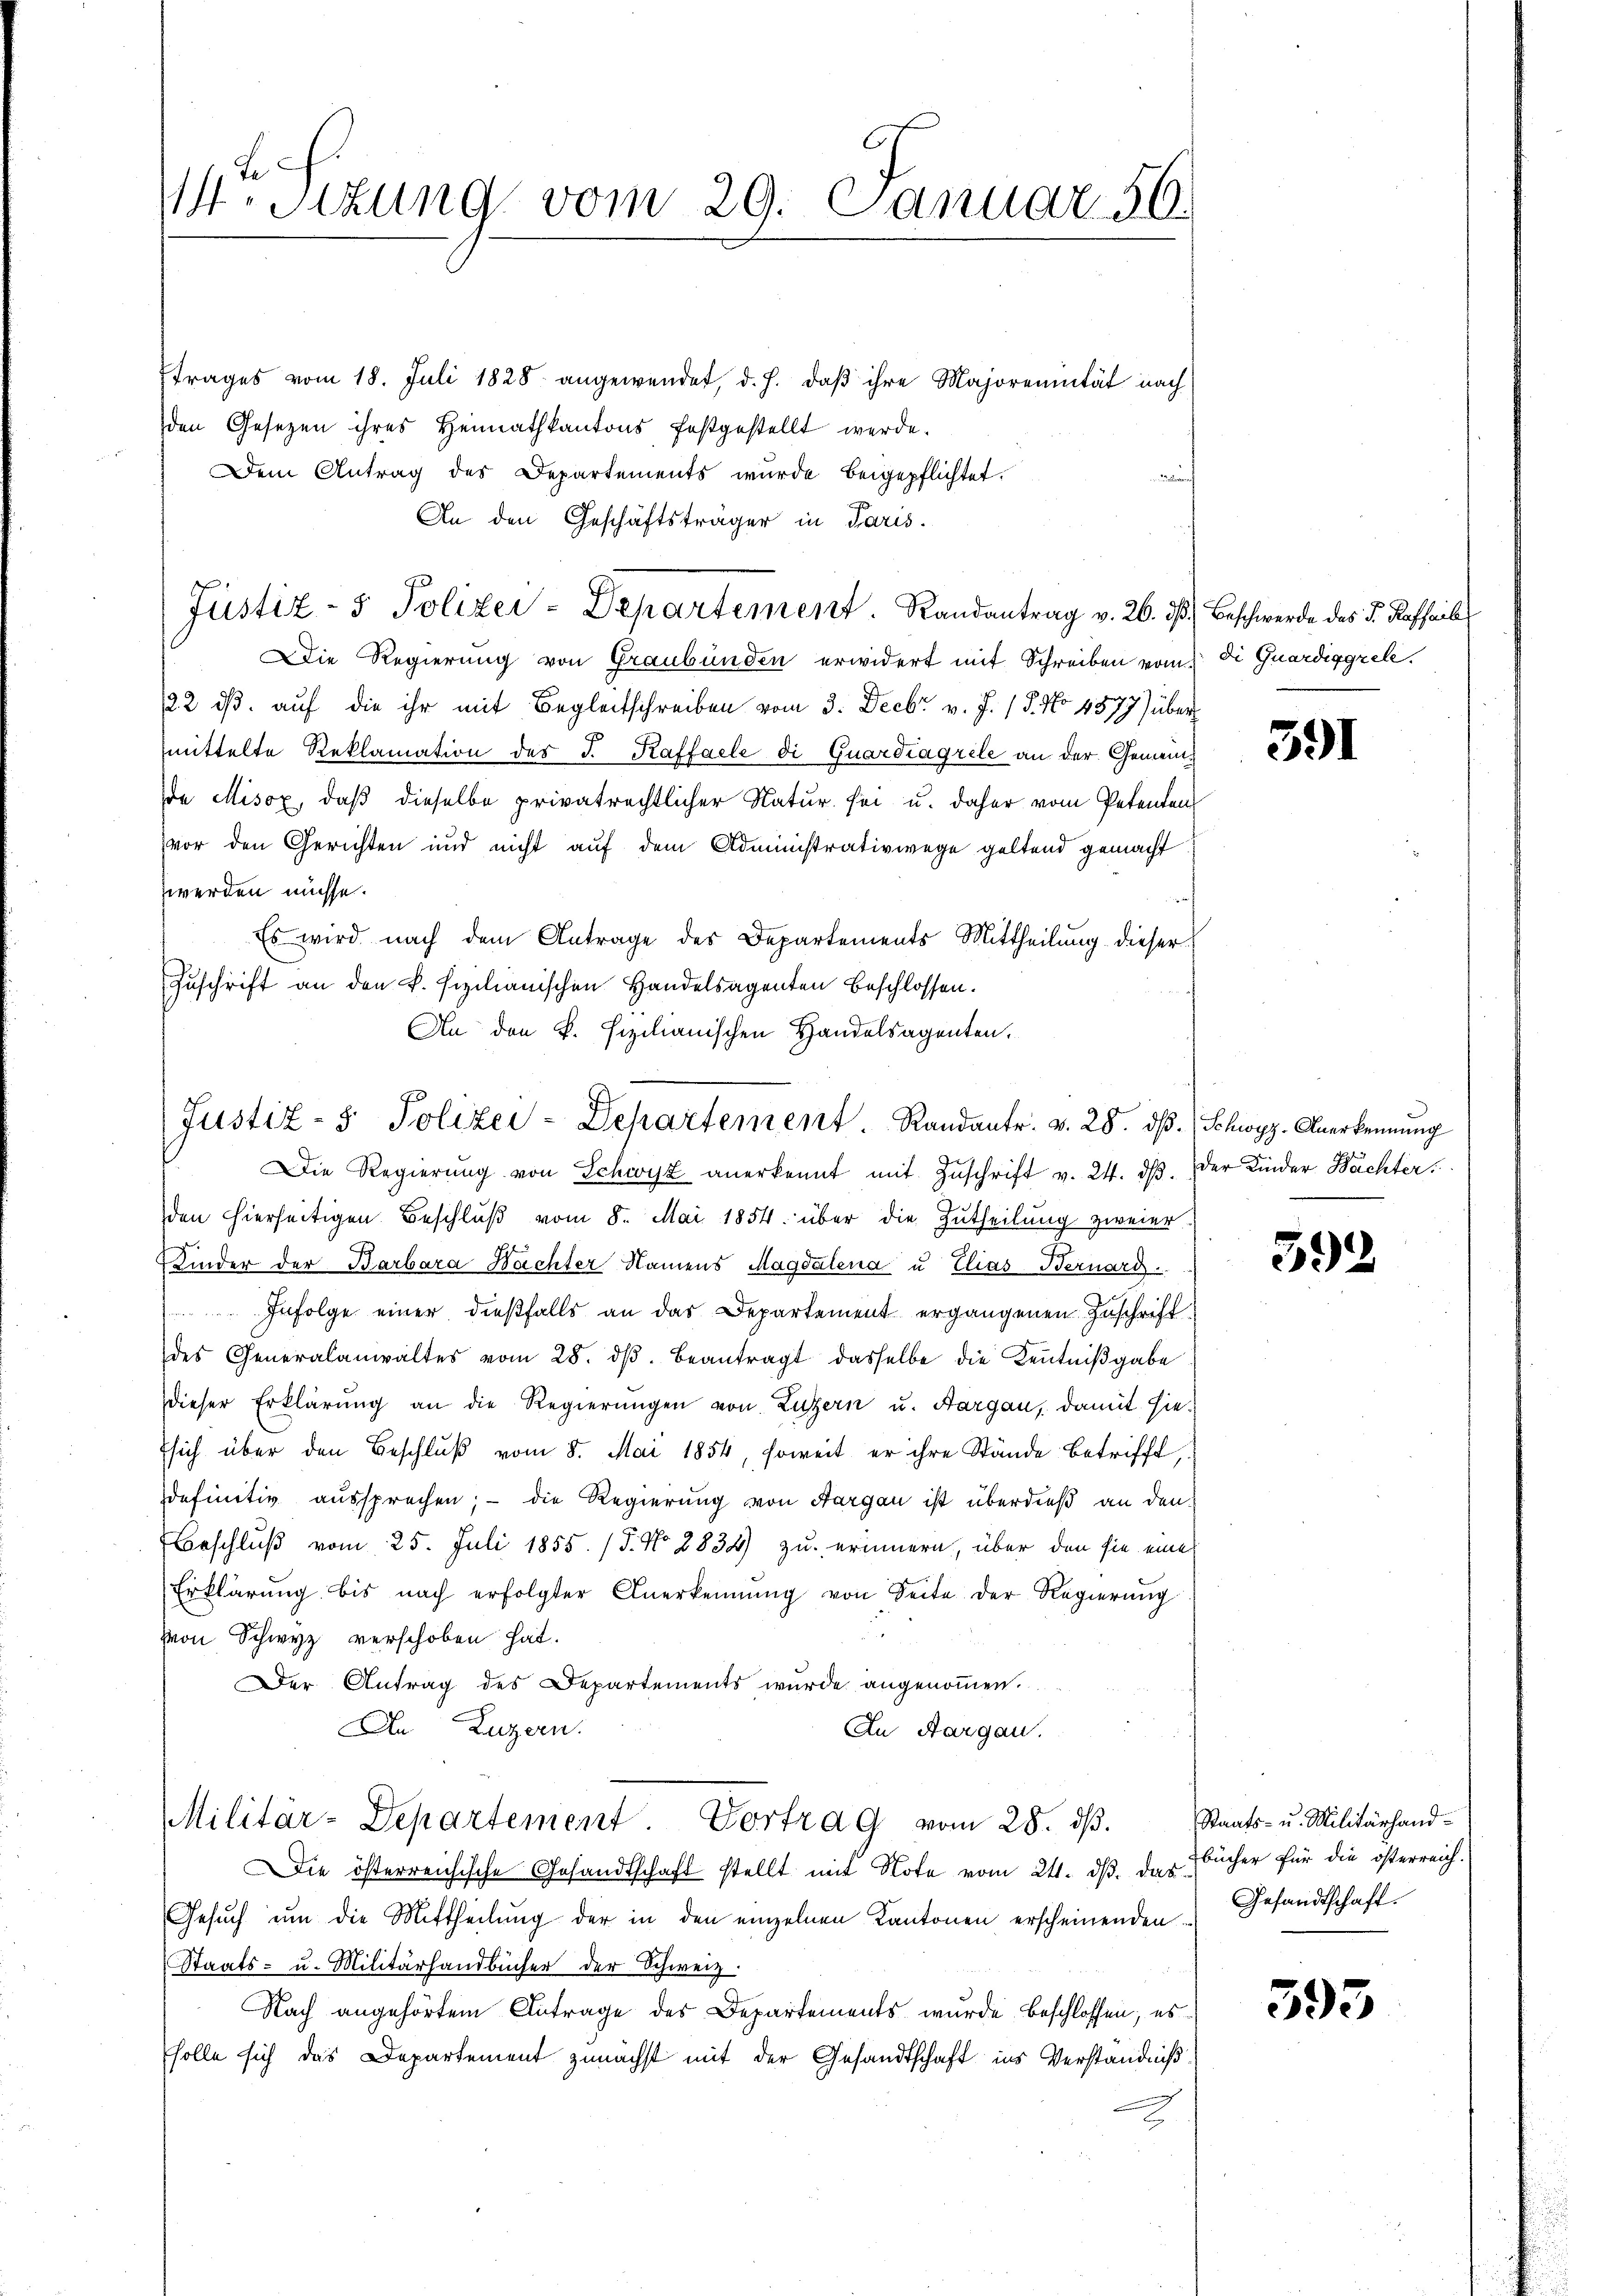
M. Sizung vom 29. Januar 50.

trages vom 18. Juli 1828 angewendet, d. h. daβ ihre Majorennität nach
den Gesetzen ihres Heimathkantons festgestellt werde.
Dem Antrag des Departements wurde beigepflichtet.
An den Geschäftsträger in Paris.
Die Regierung von Graubünden erwidert mit Schreiben vom Die Quardiggrel.
22 ds. auf die ihr mit Begleitschreiben vom 3. Decbr v. J. / 5. No 4577) über
mittelte Reklamation des J. Kaffalle di Quartiagrele an der Gemeinde Misox, daß dieselbe privatrechtlicher Natur sei u. daher vom Petenten
vor den Gerichten und nicht auf dem Administrativwege geltend gemacht
werden müsse.
h
Es wird nach dem Antrage des Departements Mittheilung dieser
Zuschrift an den k. sizilianischen Handelsagenten Beschlossen.
An den k. Fizilianischen Handelsagenten.

Justiz- & Polizei-Dehartement. Randantr. v. 28. ds

Justiz- & Polizei-Departement. Randantrag v. 26. dβ.) Beschwerde das P. Raffail

Die Regierŭng von Schwyz anerkennt mit Zŭschrift v. 24. dβ.  Der Kinder Nachter.
den hierseitigen Beschlŭβ vom 8. Mai 1854. über die Zutheilung zweier-
Kinder der Barbara Nachter Namens Magdalena u Elias Bernard.
Infolge einer dießfalls an das Departement ergangenen Zuschrift
des Generalanwaltes vom 28. dβ. beantragt dasselbe die Kenntniβgabe
dieser Erklärung an die Regierungen von Luzern u. Aargau, damit hiesich über den Beschlŭβ vom 8. Mai 1854, soweit er ihre Stände betrifft,
definitiv aussprechen; - die Regierung von Aargau ist überdieß an den
Beschluß vom 25. Juli 1855. 15. No 8834) zu erinnern, über den sie eine
Erklärŭng bis nach erfolgter Anerkennung von Seite der Regierŭng
von Schwyz verschoben hat.
Der Antrag des Departements wurde angenommen.
An Luzern.
In Aargau.
Militär-Departement Vortrag vom 28. dβ.
Die österreichische Gesandtschaft stellt mit Note vom 24. ds. das
Gesŭch ŭm die Mittheilŭng der in den einzelnen Kantonen erscheinenden Gesandtschaft.
Staats- u. Militärhandbücher der Schweiz.
Nach angehörtem Antrage des Departements wurde beschlossen; es
solle sich das Departement zunächst mit der Gesandtschaft ins Verständniß

391

3.) Schwyz. Anerkennung

592.

Staats- u. Militärhandbücher für die österreich.

393